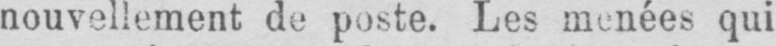
nouvellement de poste. Les menées qui